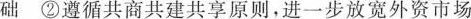
础 ②遵循共商共建共享原则，进一步放宽外资市场